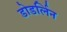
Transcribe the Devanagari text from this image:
डोडर्लिन